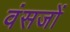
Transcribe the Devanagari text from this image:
वंसजों